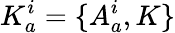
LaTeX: K_{a}^{i}=\{ A_{a}^{i},K\}